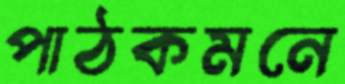
পাঠকমনে